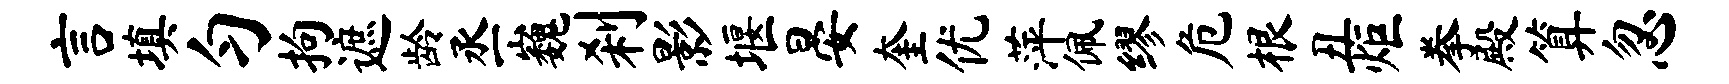
言填匀拘遮龄丞巍刹影堰晏奎优萍佩缪危根丑炬拳殿算忽